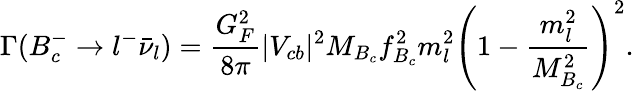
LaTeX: \Gamma(B_{c}^{-}\rightarrow l^{-}{\bar{\nu}_{l}})=\frac{G_{F}^{2}}{8\pi}|V_{cb}|^{2}M_{B_{c}}f_{B_{c}}^{2}m_{l}^{2}\left(1-\frac{m_{l}^{2}}{M_{B_{c}}^{2}}\right)^{2}.